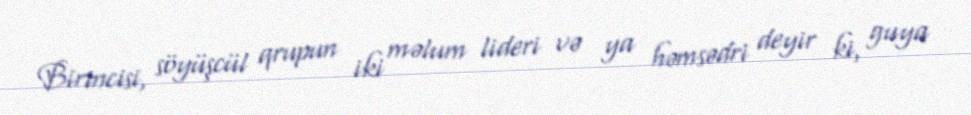
Birincisi, söyüşcül qrupun iki məlum lideri və ya həmsədri deyir ki, guya